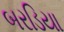
બરડિયા